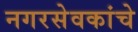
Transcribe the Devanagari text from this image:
नगरसेवकांचे